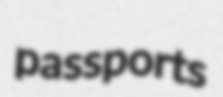
passports